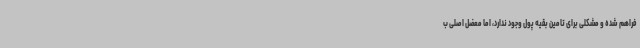
فراهم شده و مشکلی برای تامین بقیه پول وجود ندارد، اما معضل اصلی ب